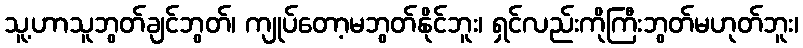
သူ့ဟာသူဘွတ်ချင်ဘွတ်၊ ကျုပ်တော့မဘွတ်နိုင်ဘူး၊ ရှင်လည်းကိုကြီးဘွတ်မဟုတ်ဘူး၊